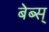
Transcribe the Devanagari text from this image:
बेब्स्